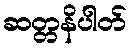
ဆတ္တနိပါတ်